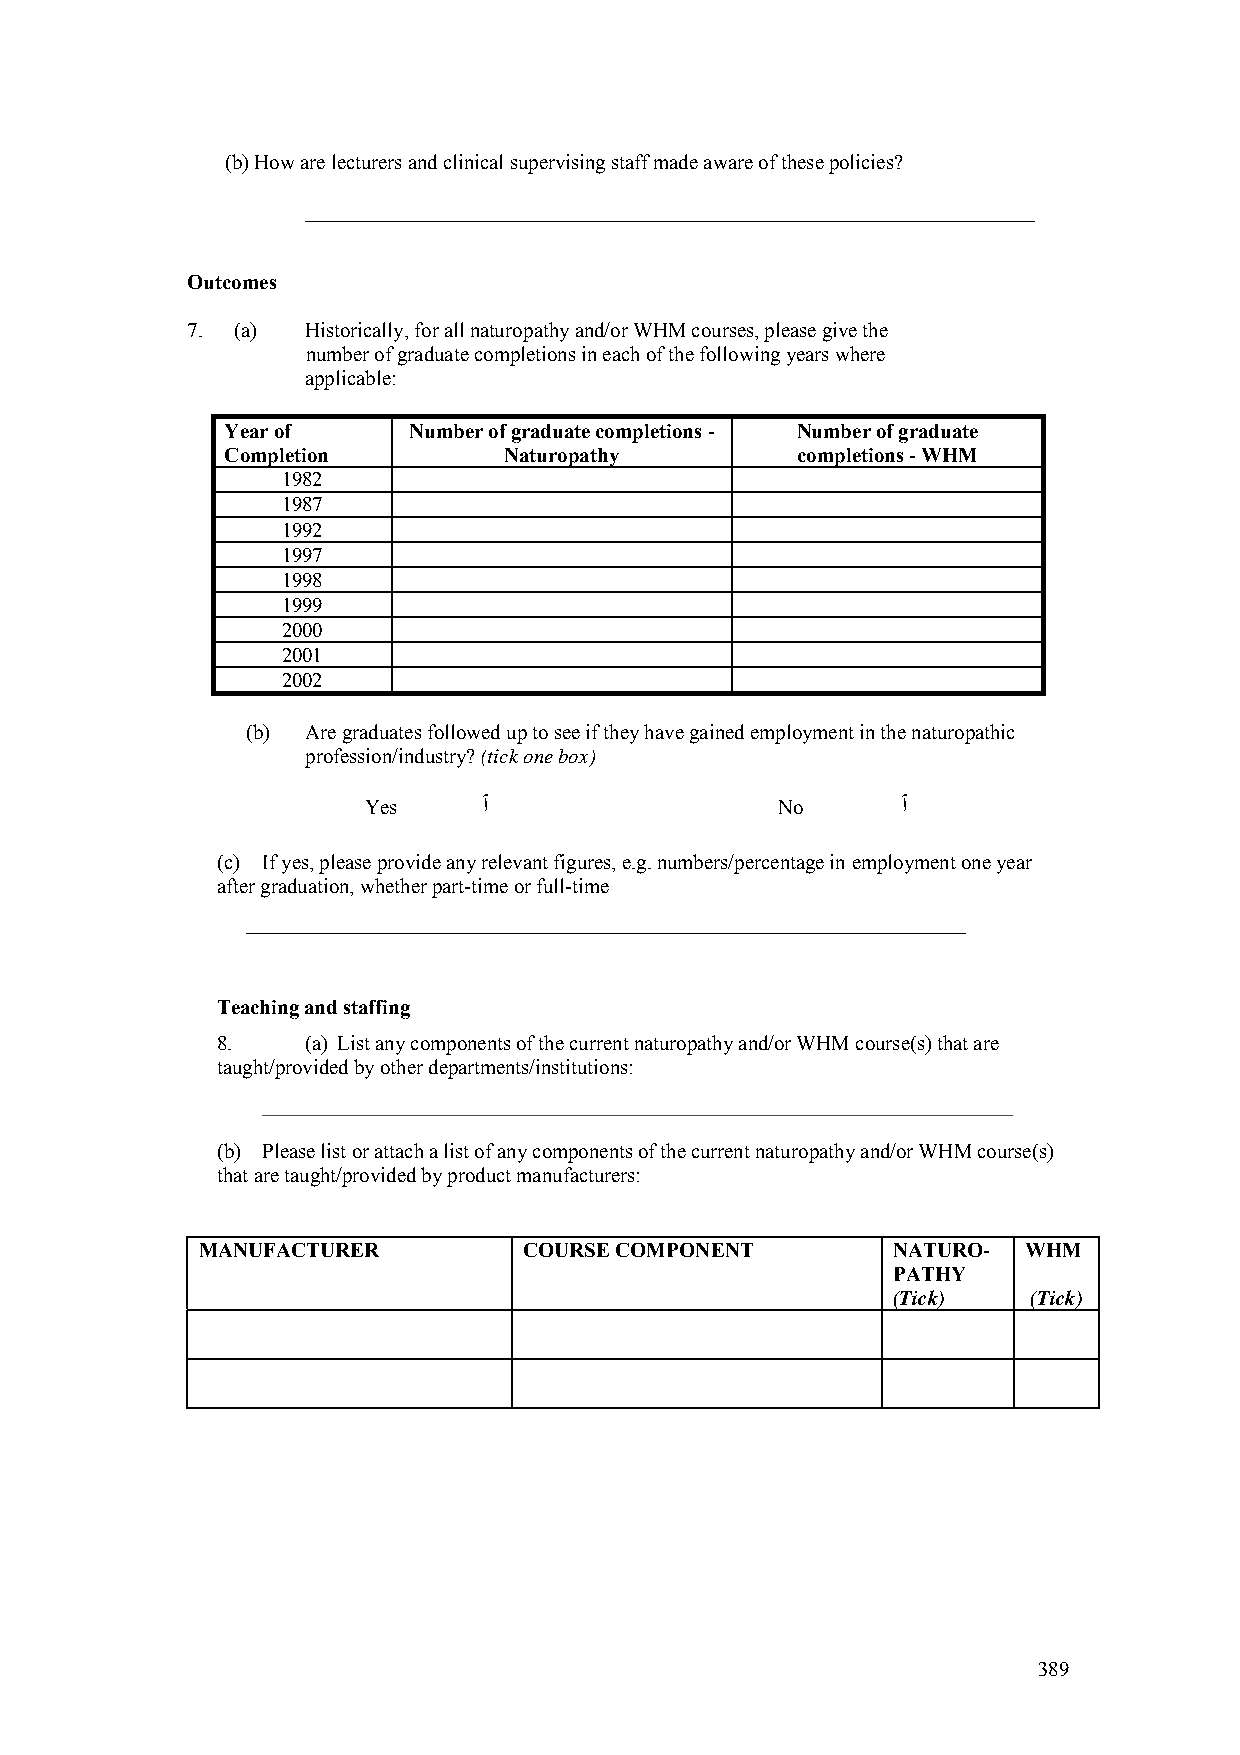
(b) How are lecturers and clinical supervising staff made aware of these policies?
 ______________________________________________________________________
 Outcomes
 7. (a)  Historically, for all naturopathy and/or WHM courses, please give the
 number of graduate completions in each of the following years where
 applicable:
 Year of     Number of graduate completions - Number of graduate
 Completion        Naturopathy         completions - WHM
 1982
 1987
 1992
 1997
 1998
 1999
 2000
 2001
 2002
 (b) Are graduates followed up to see if they have gained employment in the naturopathic
 profession/industry? (tick one box)
 Yes     ٱ                   No      ٱ
 (c) If yes, please provide any relevant figures, e.g. numbers/percentage in employment one year
 after graduation, whether part-time or full-time
 _____________________________________________________________________
 Teaching and staffing
 8.    (a) List any components of the current naturopathy and/or WHM course(s) that are
 taught/provided by other departments/institutions:
 ________________________________________________________________________
 (b) Please list or attach a list of any components of the current naturopathy and/or WHM course(s)
 that are taught/provided by product manufacturers:
 MANUFACTURER          COURSE COMPONENT        NATURO-  WHM
 PATHY
 (Tick)   (Tick)
 389